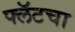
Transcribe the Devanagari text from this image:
फ्लॅटचा